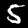
Digit: 5